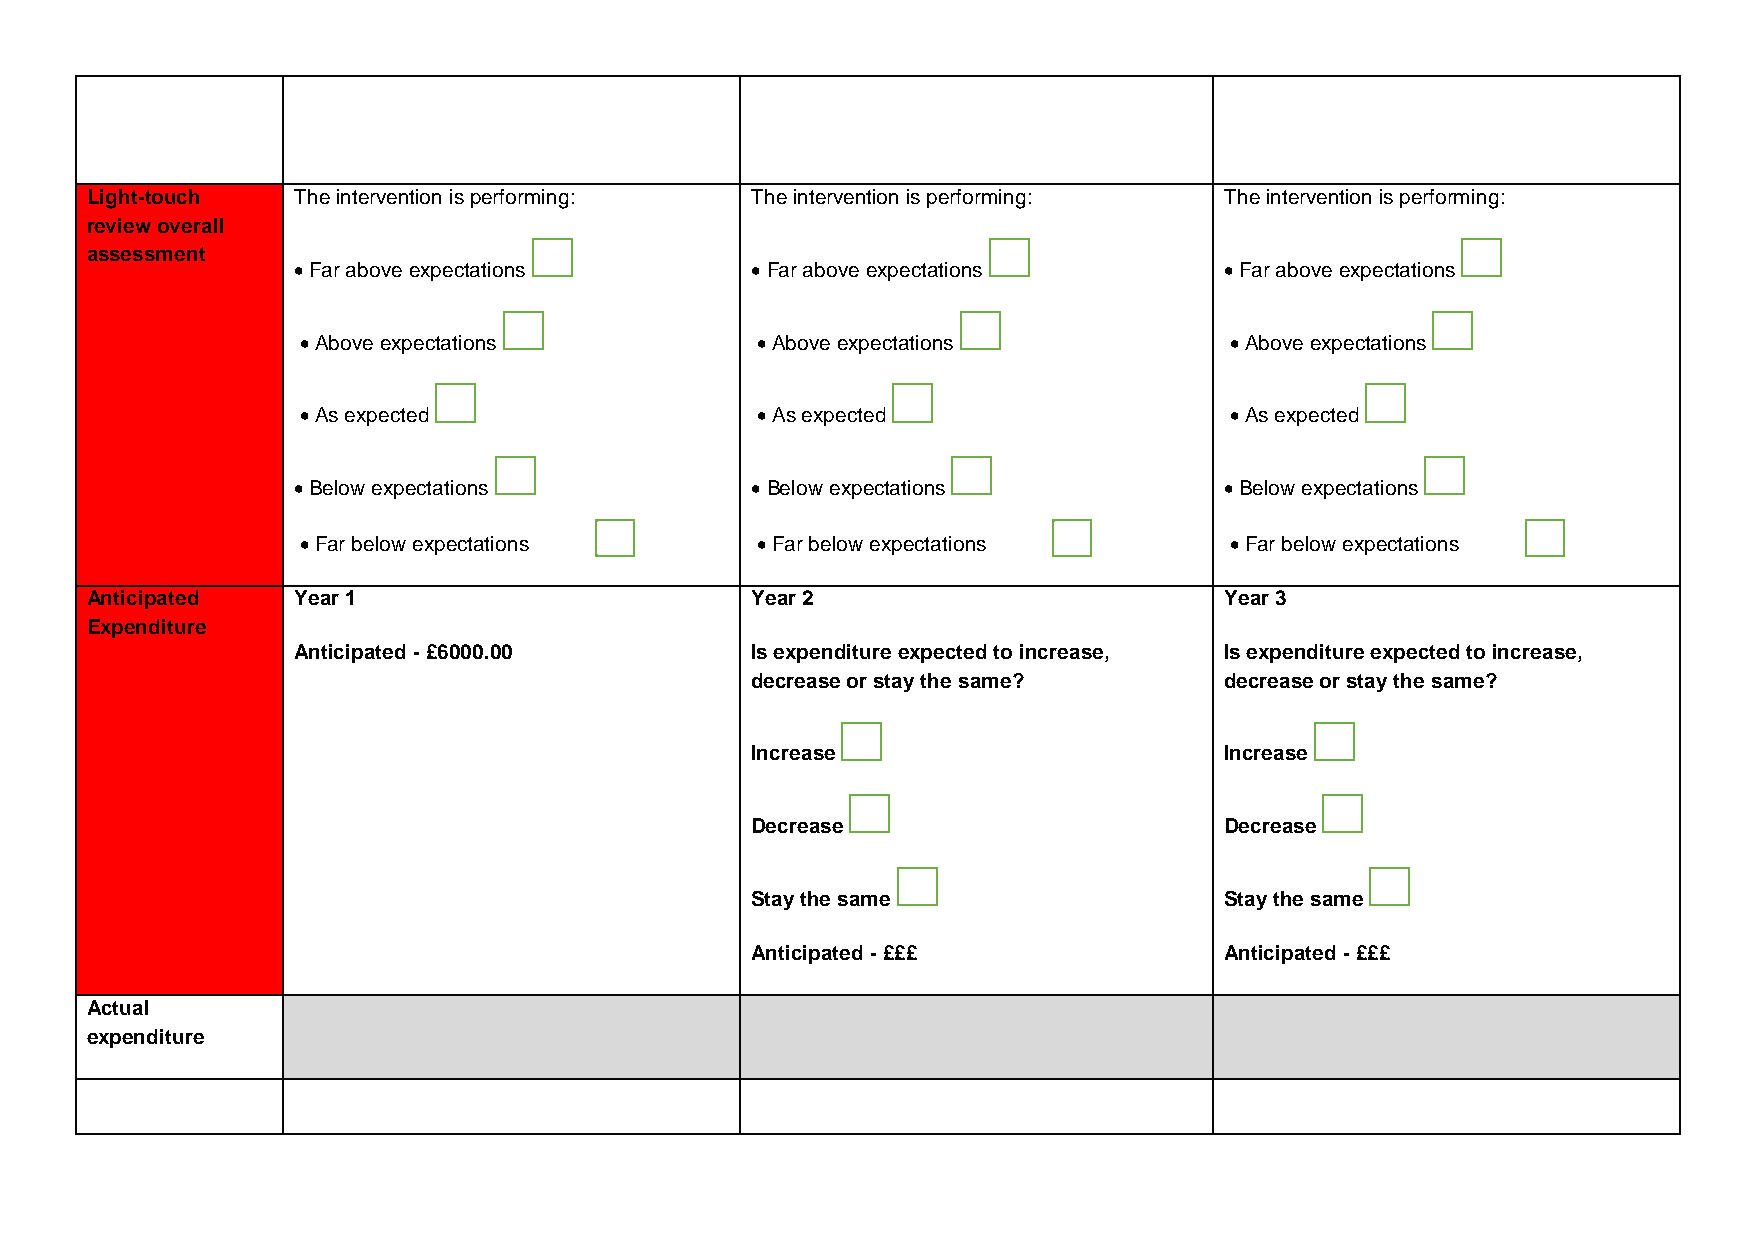
Light-touch  The intervention is performing: The intervention is performing: The intervention is performing:
 review overall
 assessment
  Far above expectations        Far above expectations        Far above expectations
  Above expectations           Above expectations            Above expectations
  As expected                  As expected                   As expected
  Below expectations            Below expectations            Below expectations
  Far below expectations       Far below expectations        Far below expectations
 Anticipated  Year 1                         Year 2                         Year 3
 Expenditure
 Anticipated - £6000.00         Is expenditure expected to increase, Is expenditure expected to increase,
 decrease or stay the same?     decrease or stay the same?
 Increase                       Increase
 Decrease                       Decrease
 Stay the same                  Stay the same
 Anticipated - £££              Anticipated - £££
 Actual
 expenditure